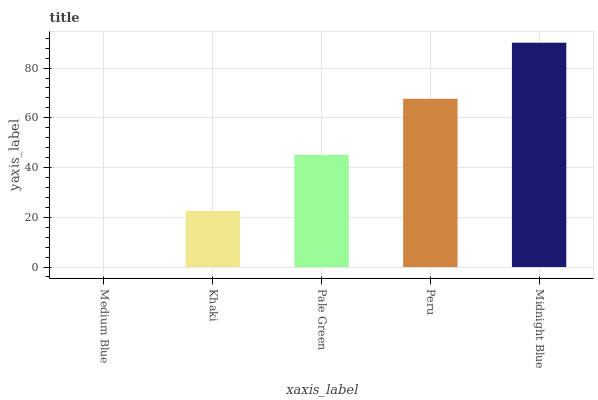
| xaxis_label | bars |
 | --- | --- |
 | Medium Blue | 0 |
 | Khaki | 22.5 |
 | Pale Green | 45.1 |
 | Peru | 67.6 |
 | Midnight Blue | 90.2 |